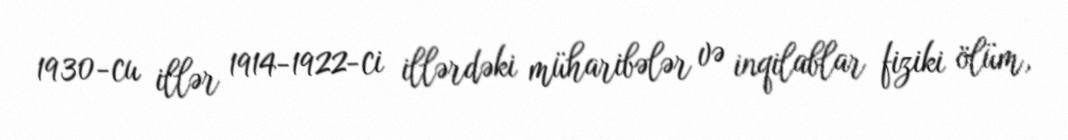
1930-cu illər 1914-1922-ci illərdəki müharibələr və inqilablar fiziki ölüm,